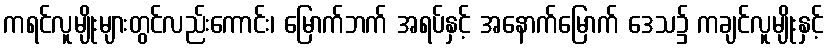
ကရင်လူမျိုးများတွင်လည်းကောင်း၊ မြောက်ဘက် အရပ်နှင့် အနောက်မြောက် ဒေသ၌ ကချင်လူမျိုးနှင့်